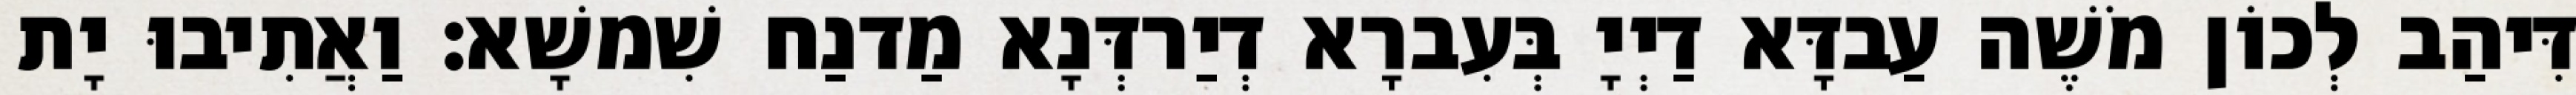
דִּיהַב לְכוֹן מֹשֶׁה עַבדָּא דַיְיָ בְּעִברָא דְיַרדְּנָא מַדנַח שִׁמשָׁא׃ וַאֲתִיבוּ יָת